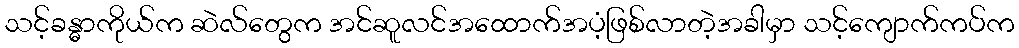
သင့်ခန္ဓာကိုယ်က ဆဲလ်တွေက အင်ဆူလင်အထောက်အပံ့ဖြစ်လာတဲ့အခါမှာ သင့်ကျောက်ကပ်က